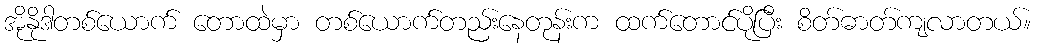
အိုနိုဒါတစ်ယောက် တောထဲမှာ တစ်ယောက်တည်းနေတုန်းက ထက်တောင်ပိုပြီး စိတ်ဓာတ်ကျလာတယ်။